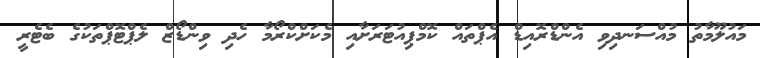
މައުލޫމާތު މުއްސަނދިވި އެންޑްރޮއިޑް އެޕްތައް ކޮމްޕިއުޓަރަށާއި މެކަށްކްރޯމާ ހެދި ވިންޑޯޒް ލެޕްޓޮޕްތަކުގެ ބެޓެރީ